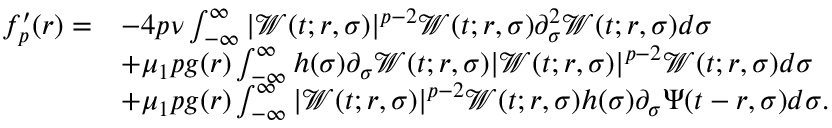
\begin{array} { r l } { f _ { p } ^ { \prime } ( r ) = } & { - 4 p \nu \int _ { - \infty } ^ { \infty } | \mathcal { W } ( t ; r , \sigma ) | ^ { p - 2 } \mathcal { W } ( t ; r , \sigma ) \partial _ { \sigma } ^ { 2 } \mathcal { W } ( t ; r , \sigma ) d \sigma } \\ & { + \mu _ { 1 } p g ( r ) \int _ { - \infty } ^ { \infty } h ( \sigma ) \partial _ { \sigma } \mathcal { W } ( t ; r , \sigma ) | \mathcal { W } ( t ; r , \sigma ) | ^ { p - 2 } \mathcal { W } ( t ; r , \sigma ) d \sigma } \\ & { + \mu _ { 1 } p g ( r ) \int _ { - \infty } ^ { \infty } | \mathcal { W } ( t ; r , \sigma ) | ^ { p - 2 } \mathcal { W } ( t ; r , \sigma ) h ( \sigma ) \partial _ { \sigma } \Psi ( t - r , \sigma ) d \sigma . } \end{array}